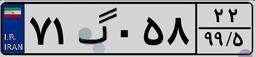
۲۳گ۴۳۱۱۰